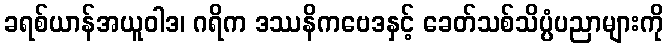
ခရစ်ယာန်အယူဝါဒ၊ ဂရိက ဒဿနိကဗေဒနှင့် ခေတ်သစ်သိပ္ပံပညာများကို